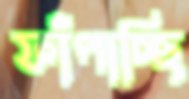
ফাঁপাচ্ছি